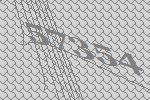
57354